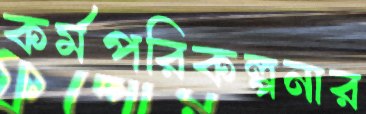
কর্মপরিকল্পনার